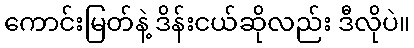
ကောင်းမြတ်နဲ့ ဒိန်းငယ်ဆိုလည်း ဒီလိုပဲ။